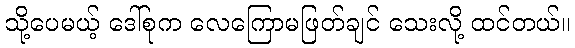
သို့ပေမယ့် ဒေါ်စုက လေကြောမဖြတ်ချင် သေးလို့ ထင်တယ်။